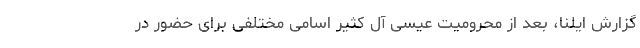
گزارش ایلنا، بعد از محرومیت عیسی آل کثیر اسامی مختلفی برای حضور در